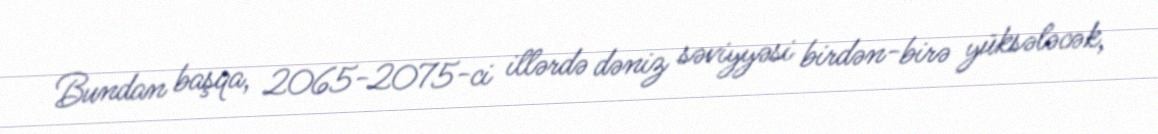
Bundan başqa, 2065-2075-ci illərdə dəniz səviyyəsi birdən-birə yüksələcək,